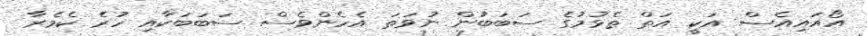
އޯއައިއެސް އަކީ އަތް ތެޅުމުގެ ސަބަބުން ނުވަތަ އެހެންވެސް ސަބަބަކާއި ހުރެ ކެމެރާ